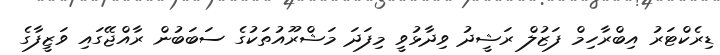
ޑިރެކްޓަރު އިބްރާހިމް ފަޒުލް ރަޝީދު ވިދާޅުވީ މިފަދަ މަޝްރޫއުތަކުގެ ސަބަބުން ރާއްޖޭގައި ވަޒީފާގެ